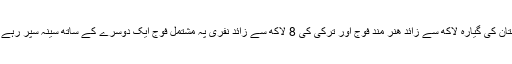
پاکستان کی گیارہ لاکھ سے زائد ھنر مند فوج اور ترکی کی 8 لاکھ سے زائد نفری پہ مشتمل فوج ایک دوسرے کے ساتھ سینہ سپر رہے ہیں۔